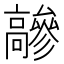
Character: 𩫦